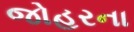
જોહરના